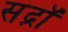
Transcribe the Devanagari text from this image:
सद्नॉ